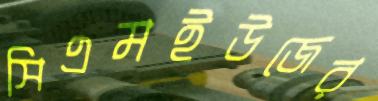
সিএমইউজের